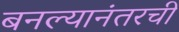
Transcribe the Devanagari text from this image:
बनल्यानंतरची